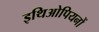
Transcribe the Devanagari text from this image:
इथिओपियनों